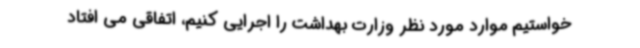
خواستیم موارد مورد نظر وزارت بهداشت را اجرایی کنیم، اتفاقی می افتاد